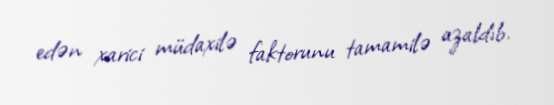
edən xarici müdaxilə faktorunu tamamilə azaldıb.